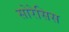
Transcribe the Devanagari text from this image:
सोरेसिस